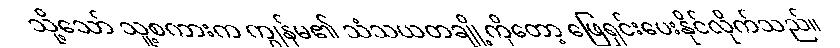
သို့သော် သူ့စကားက ကျွန်မ၏ သံသယတချို့ကိုတော့ ဖြေရှင်းပေးနိုင်လိုက်သည်။